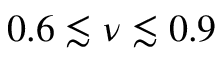
0 . 6 \lesssim \nu \lesssim 0 . 9